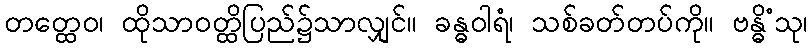
တတ္ထေဝ၊ ထိုသာဝတ္ထိပြည်၌သာလျှင်။ ခန္ဓဝါရံ၊ သစ်ခတ်တပ်ကို။ ဗန္ဓိံသု၊